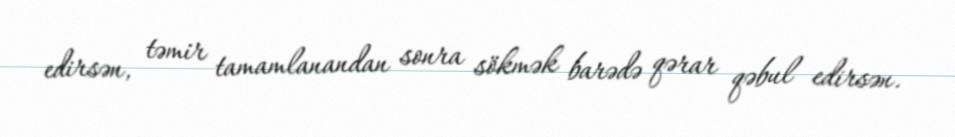
edirsən, təmir tamamlanandan sonra sökmək barədə qərar qəbul edirsən.